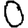
Digit: 0